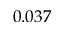
0 . 0 3 7